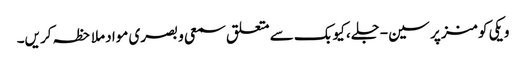
ویکی کومنز پر سین-جلے، کیوبک سے متعلق سمعی و بصری مواد ملاحظہ کریں۔